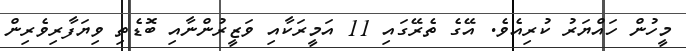
މީހުން ހައްޔަރު ކުރިއެވެ. އޭގެ ތެރޭގައި 11 އަމީރަކާއި ވަޒީރުންނާއި ބޮޑެތި ވިޔަފާރިވެރިން